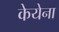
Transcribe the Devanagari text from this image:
केयेना